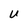
Character: U